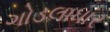
ગોડલાધાર